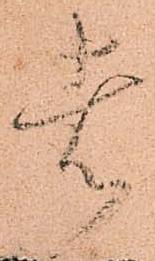
者